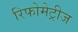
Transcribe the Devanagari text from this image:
रिफोमेट्रीज